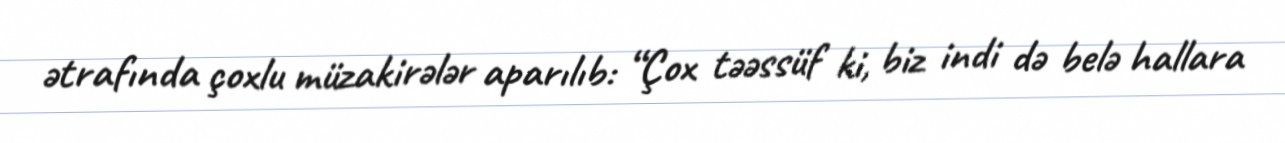
ətrafında çoxlu müzakirələr aparılıb: “Çox təəssüf ki, biz indi də belə hallara